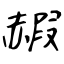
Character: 赮